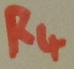
Text: R4